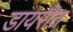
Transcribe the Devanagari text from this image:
डायरीत